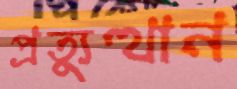
প্রত্যুত্থান